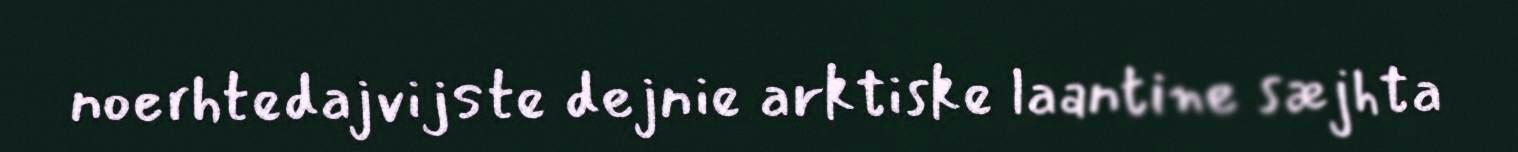
noerhtedajvijste dejnie arktiske laantine sæjhta